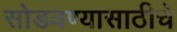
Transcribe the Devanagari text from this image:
सोडवण्यासाठीचे